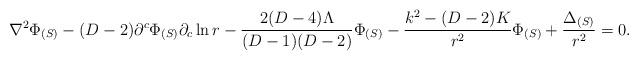
LaTeX: \begin{align*}\nabla^2\Phi_{(S)} - (D-2)\partial^c\Phi_{(S)}\partial_c\ln r - \frac{2(D-4)\Lambda}{(D-1)(D-2)}\Phi_{(S)}-\frac{k^2-(D-2)K}{r^2}\Phi_{(S)} + \frac{\Delta_{(S)}}{r^2}= 0.\end{align*}